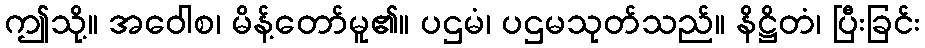
ဤသို့။ အဝေါစ၊ မိန့်တော်မူ၏။ ပဌမံ၊ ပဌမသုတ်သည်။ နိဋ္ဌိတံ၊ ပြီးခြင်း